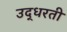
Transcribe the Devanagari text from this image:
उद्धरती